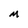
Character: M